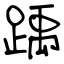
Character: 踽